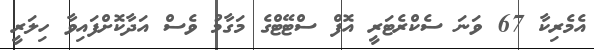
އެމެރިކާ 67 ވަނަ ސެކްރެޓަރީ އޮފް ސްޓޭޓްގެ މަގާމު ވެސް އަދާކޮށްފައިވާ ހިލަރީ